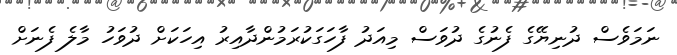
ނަމަވެސް ދުނިޔޭގެ ފެނުގެ ދުވަސް މިއަދު ފާހަގަކުރަމުންދާއިރު އިހަކަށް ދުވަހު މާލެ ފެނަށް